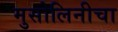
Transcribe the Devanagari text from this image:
मुसोलिनीचा